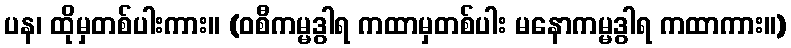
ပန၊ ထိုမှတစ်ပါးကား။ (ဝစီကမ္မဒွါရ ကထာမှတစ်ပါး မနောကမ္မဒွါရ ကထာကား။)